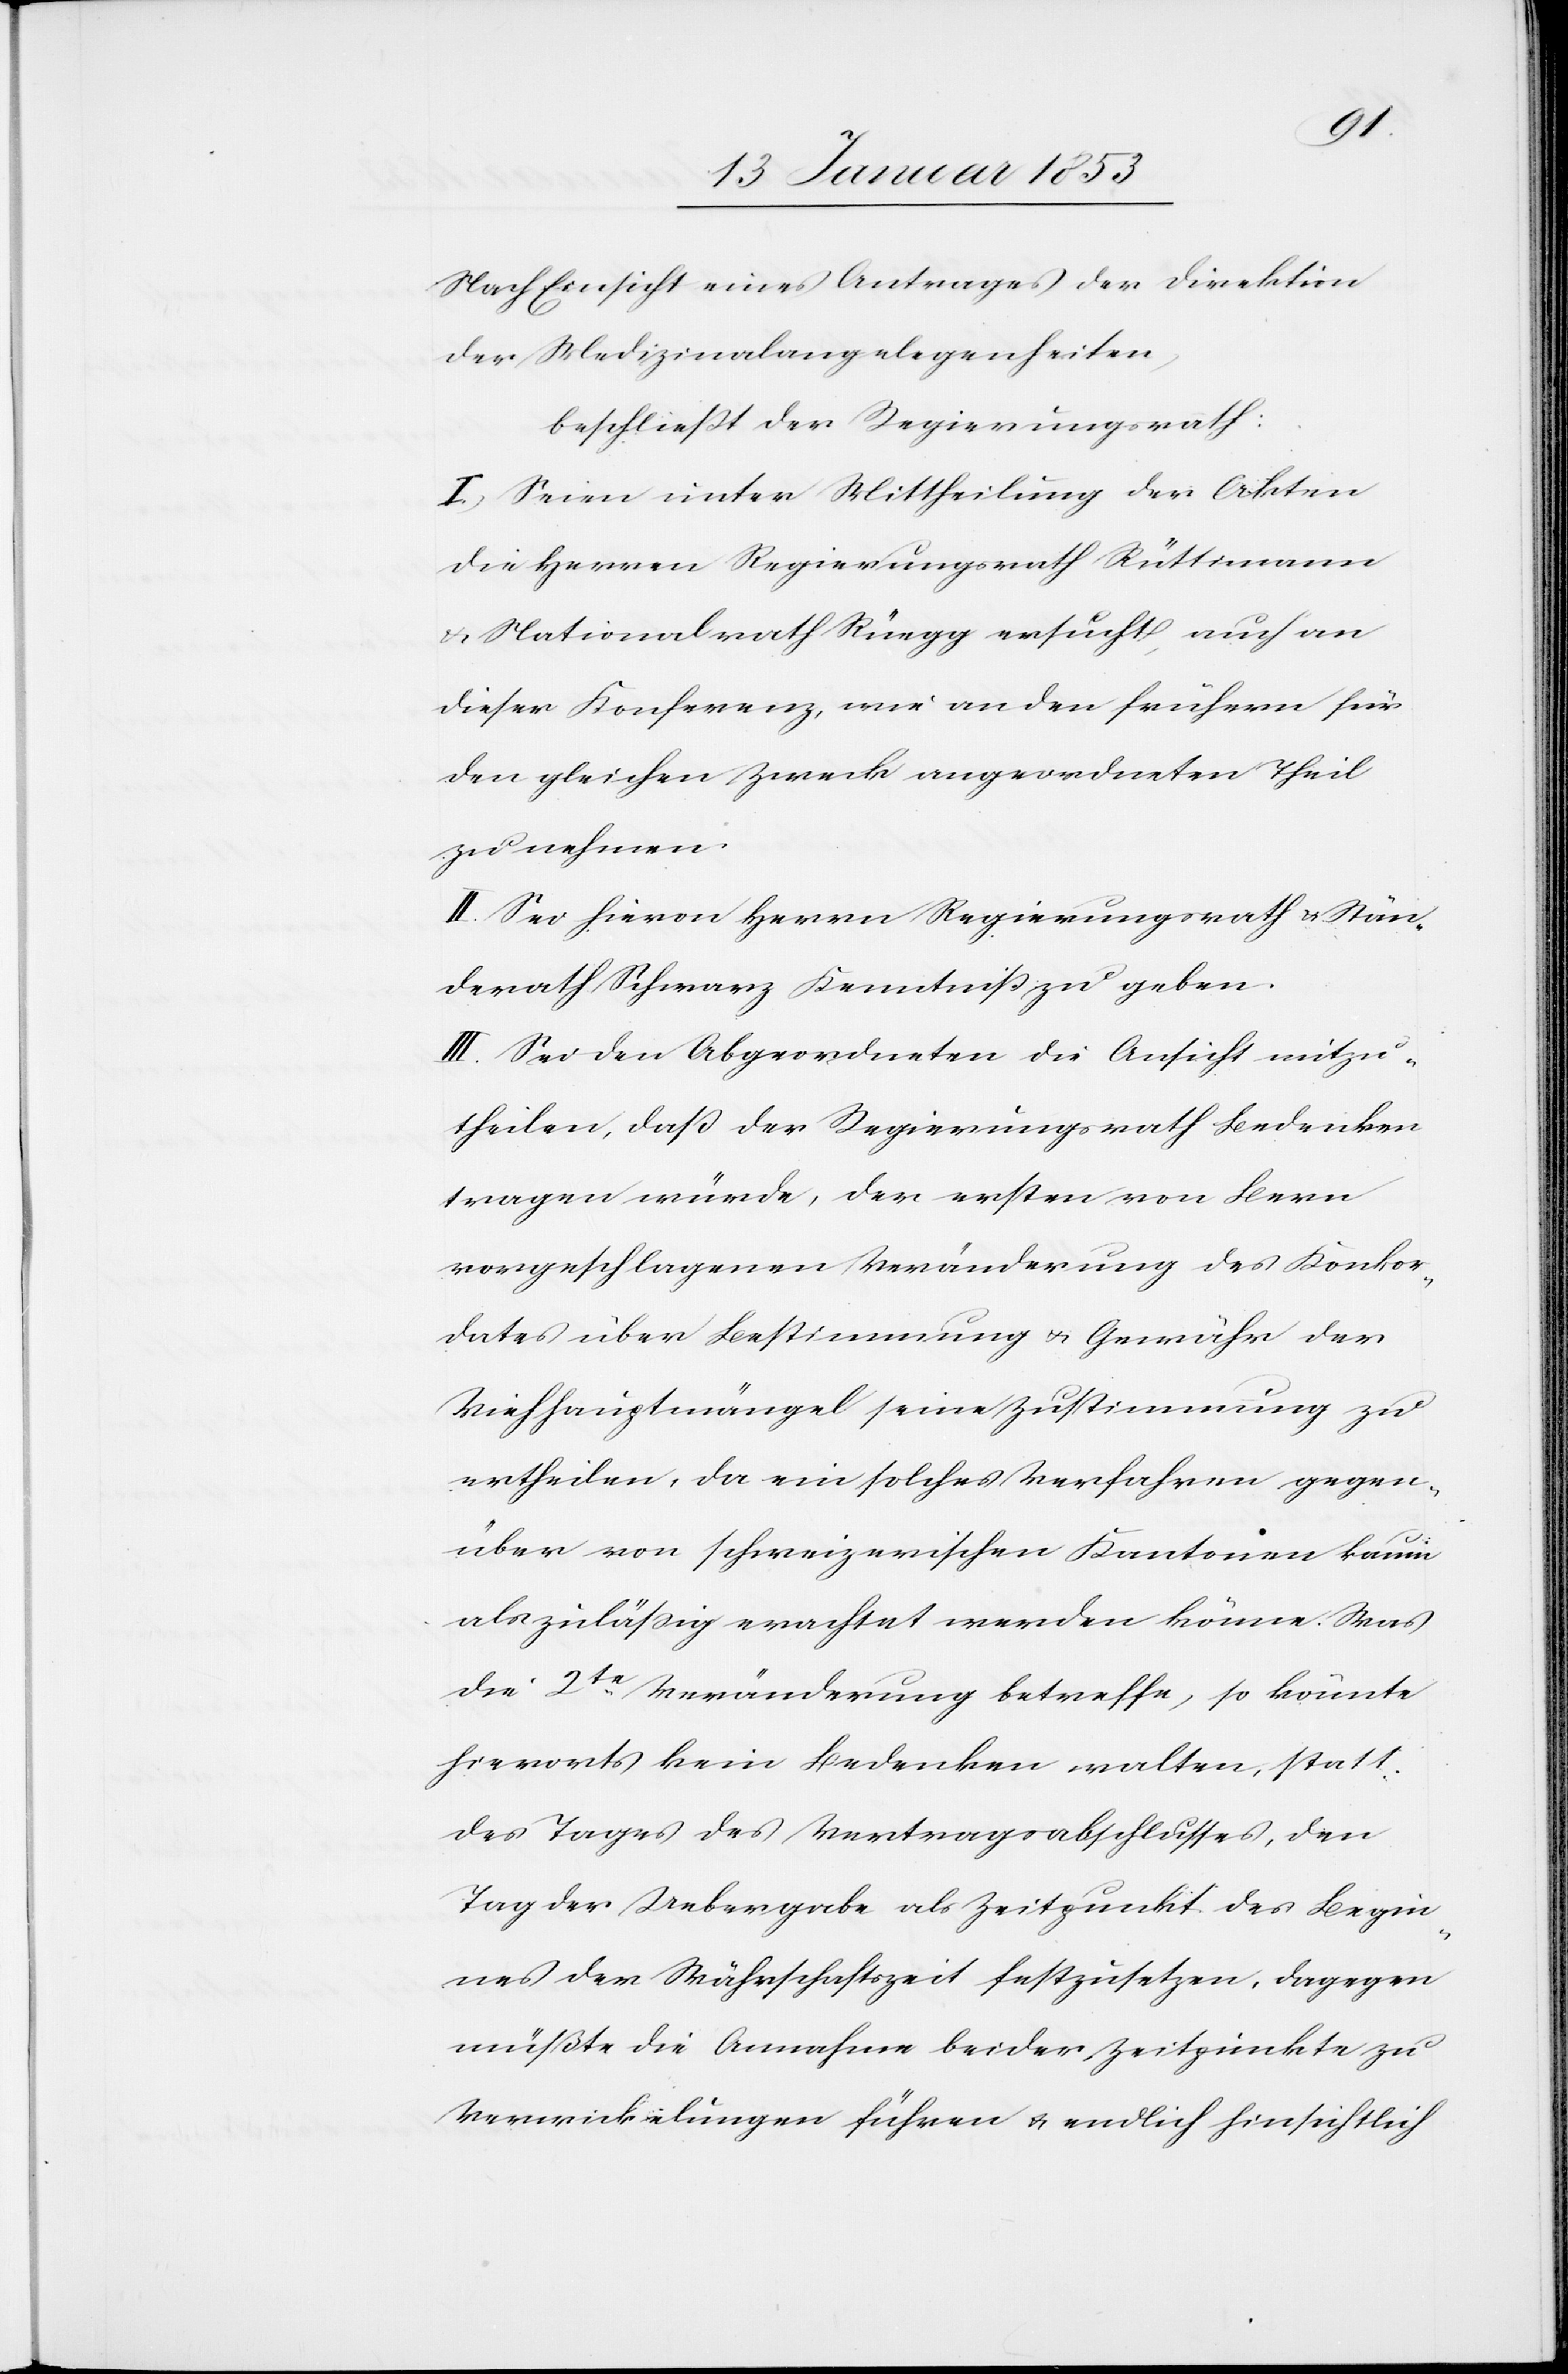
Nach Einsicht eines Antrages der Direktion
der Medizinalangelegenheiten,
beschließt der Regierungsrath:
I. Seien unter Mittheilung der Akten
die Herren Regierungsrath Rüttimann
u. Nationalrath Rüegg ersucht, auch an
dieser Konferenz, wie an den frühern für
den gleichen Zweck angeordneten Theil
zu nehmen.
II. Sei hievon Herrn Regierungsrath u. Stän¬
derath Schwarz Kenntniß zu geben.
III. Sei den Abgeordneten die Ansicht mitzu¬
theilen, daß der Regierungsrath Bedenken
tragen würde, der ersten von Bern
vorgeschlagenen Veränderung des Konkor¬
dates über Bestimmung u. Gewähr der
Viehhauptmängel seine Zustimmung zu
ertheilen, da ein solches Verfahren gegen¬
über den schweizerischen Kantonen kaum
als zuläßig erachtet werden könne. Was
die 2te. Veränderung betreffe, so könnte
hierorts kein Bedenken walten, statt
des Tages des Vertragsabschlußes, den
Tag der Uebergabe als Zeitpunkt des Begin¬
nes der Währschaftszeit festzusetzen, dagegen
müßte die Annahme beider Zeitpunkte zu
Verwickelungen führen u. endlich hinsichtlich